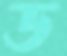
ড